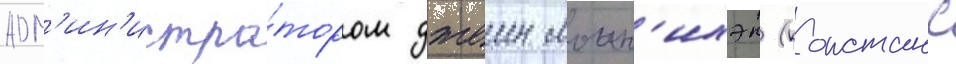
адм'ин'истра́тором джеин моин'ихэн (констанс